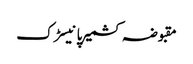
مقبوضہ کشمیرپانیسڑک